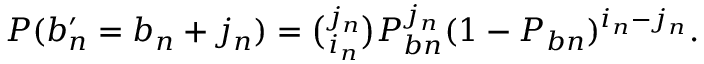
\begin{array} { r } { P ( b _ { n } ^ { \prime } = b _ { n } + j _ { n } ) = \binom { j _ { n } } { i _ { n } } P _ { b n } ^ { j _ { n } } ( 1 - P _ { b n } ) ^ { i _ { n } - j _ { n } } . } \end{array}